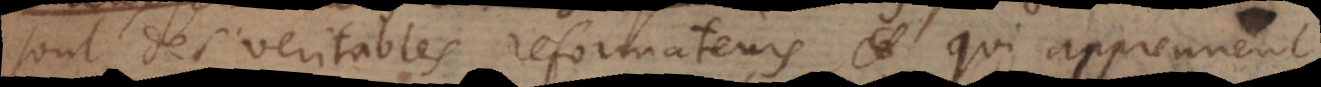
sont des veritables reformateurs, qui apprennent